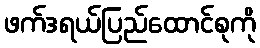
ဖက်ဒရယ်ပြည်ထောင်စုကို